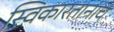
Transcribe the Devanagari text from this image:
स्विकारतानाच